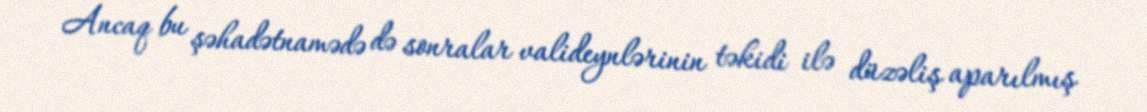
Ancaq bu şəhadətnamədə də sonralar valideynlərinin təkidi ilə düzəliş aparılmış